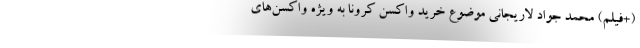
(+فیلم) محمد جواد لاریجانی موضوع خرید واکسن کرونا به ویژه واکسن‌های